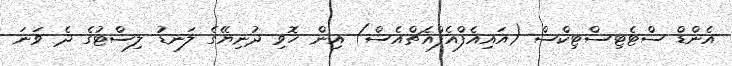
އެންޑް ސްޓެޓިސްޓިކްސް (އައިއެފްއެފްއެޗްއެސް) އިން ހޮވި ދުނިޔޭގެ ލަނޑު ލިސްޓުގެ ދެ ވަނަ